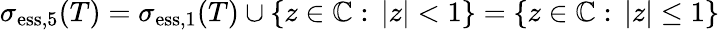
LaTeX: \sigma_{\mathrm{ess},5}(T)=\sigma_{\mathrm{ess},1}(T)\cup\{ z\in\mathbb{C}:\, |z|<1\} =\{ z\in\mathbb{C}:\, |z|\leq 1\}